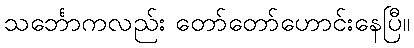
သင်္ဘောကလည်း တော်တော်ဟောင်းနေပြီ။